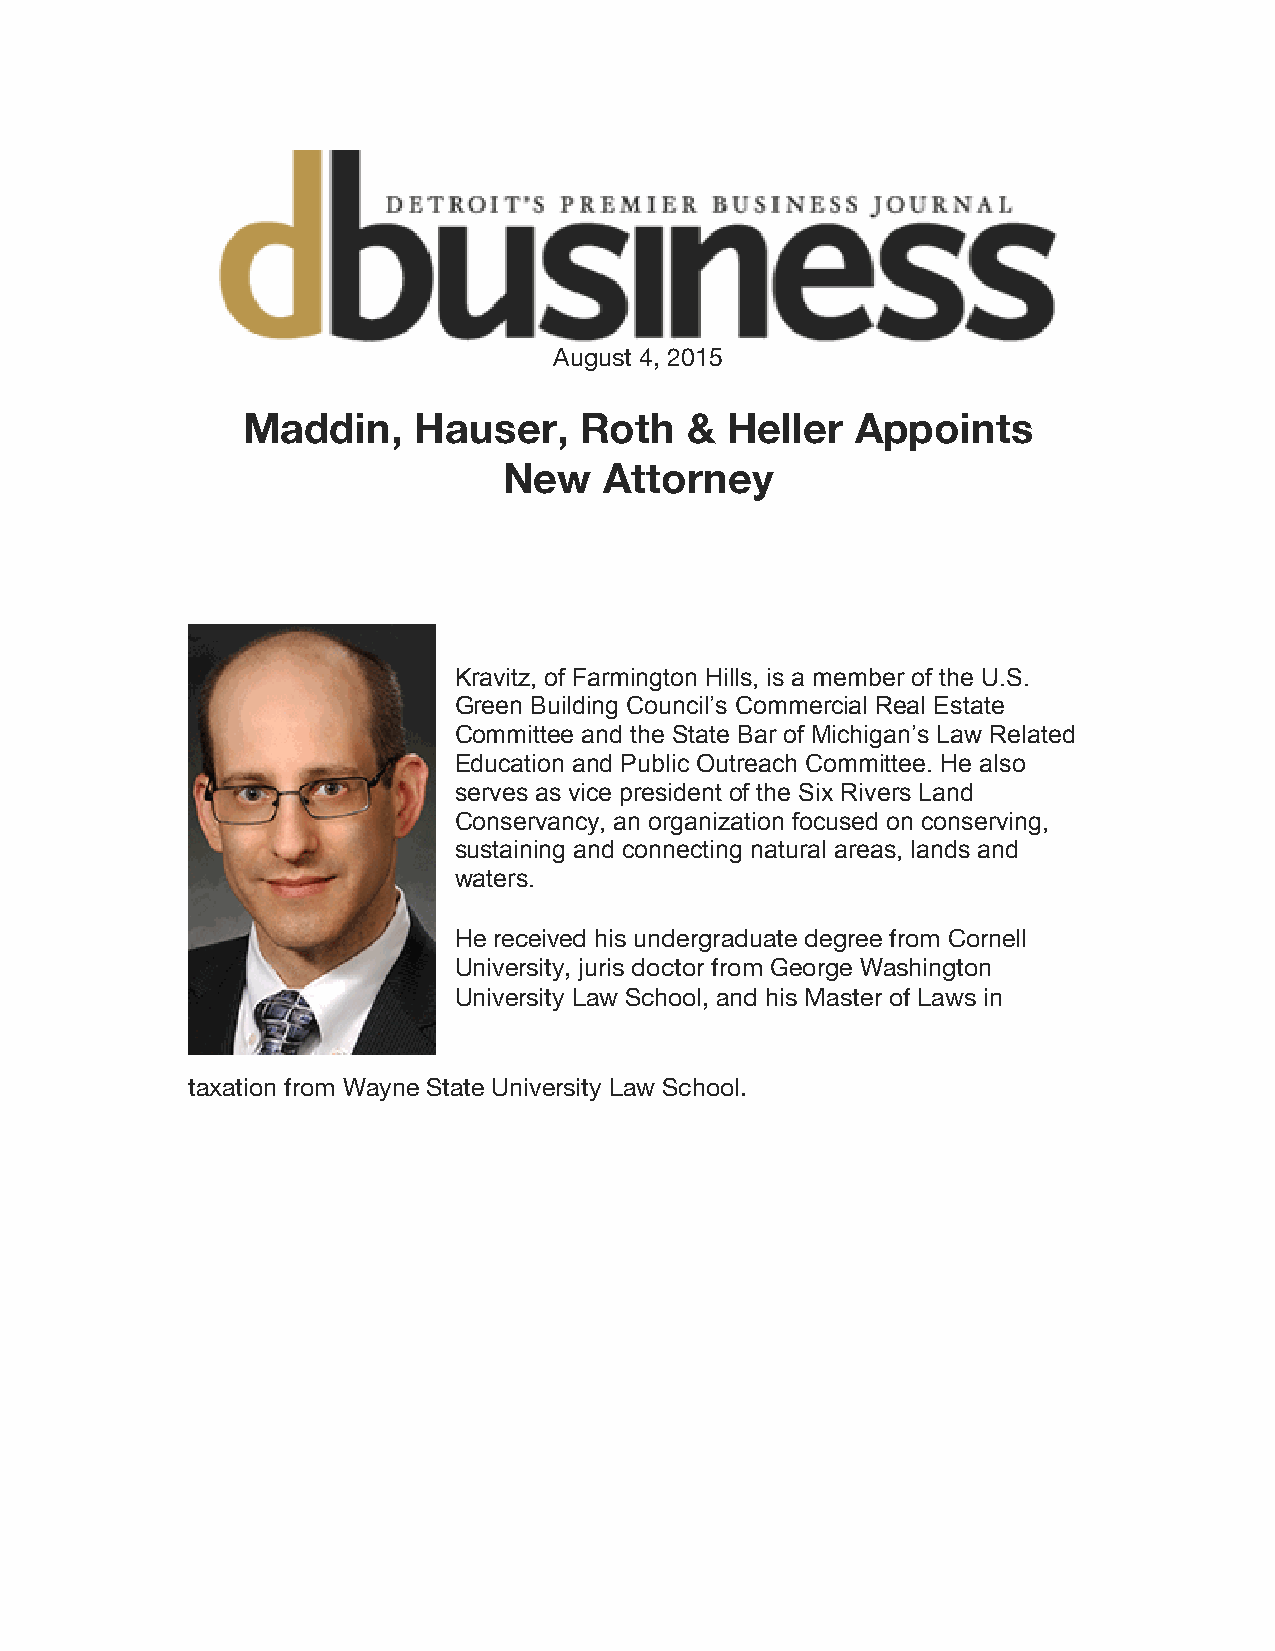
August 4, 2015
 Maddin,    Hauser,    Roth   &  Heller   Appoints
 New    Attorney
 Kravitz, of Farmington Hills, is a member of the U.S.
 Green Building Council’s Commercial Real Estate
 Committee and the State Bar of Michigan’s Law Related
 Education and Public Outreach Committee. He also
 serves as vice president of the Six Rivers Land
 Conservancy, an organization focused on conserving,
 sustaining and connecting natural areas, lands and
 waters.
 He received his undergraduate degree from Cornell
 University, juris doctor from George Washington
 University Law School, and his Master of Laws in
 taxation from Wayne State University Law School.